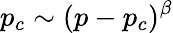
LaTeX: p_{c}\sim(p-p_{c})^{\beta}